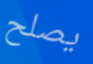
يصلح